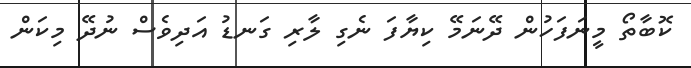
ކޮބާތޯ މީނަފަހުން ދޭނަމޭ ކިޔާފަ ނެގި ލާރި ގަނޑު އަދިވެސް ނުދޭ މިކަން